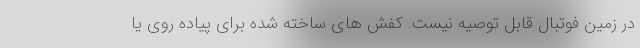
در زمین فوتبال قابل توصیه نیست. کفش های ساخته شده برای پیاده روی یا